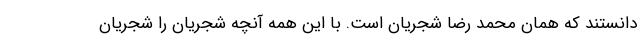
دانستند که همان محمد رضا شجریان است. با این همه آنچه شجریان را شجریان